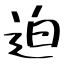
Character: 迫